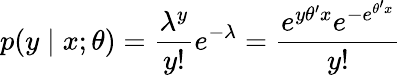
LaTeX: p(y\mid x;\theta)={\frac{\lambda^{y}}{y!}}e^{-\lambda}={\frac{e^{y\theta^{\prime}x}e^{-e^{\theta^{\prime}x}}}{y!}}